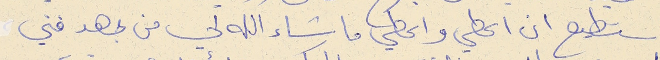
استطيع ان اعطي واعطي ما شاء الله لي من جهد فني